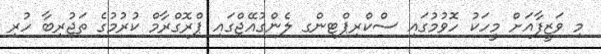
މި ވަޒީފާއަށް މީހަކު ހޮވުމުގައި ސްކްރިޕްޓިންގ ލެންގުއޭޖްގައި ޕްރޮގްރާމް ކުރުމުގެެ ތަޖުރިބާ ހުރި